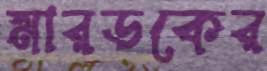
মারডকের